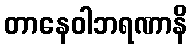
တာနေဝါဘရဏာနိ